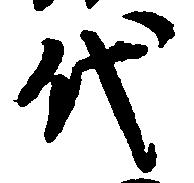
代